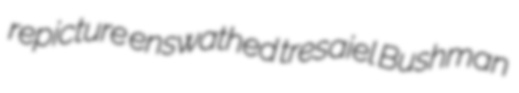
repicture enswathed tresaiel Bushman